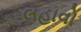
લહાવો